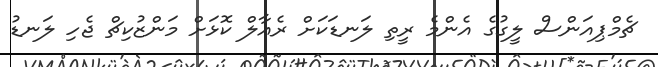
ޗެމްޕިއަންސް ލީގުގެ އެންމެ ރީތި ލަނޑަކަށް ރެއާލް ކޮޅަށް މަންޒުކިޗް ޖެހި ލަނޑު